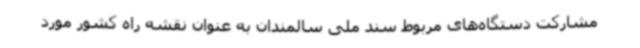
مشارکت دستگاه‌های مربوط سند ملی سالمندان به عنوان نقشه راه کشور مورد